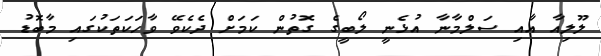
ލޫލިއާ އާއި ސަލްމާނާ އުޅެނީ ލޯބީގެ ގޮތުން ކަމަށް ދެކެވޭ ވާހަކަތަކުގައި މާބޮޑު